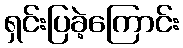
ရှင်းပြခဲ့ကြောင်း